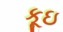
કૂઇ